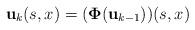
LaTeX: \begin{align*}{\bf u}_k(s,x) = ( {\bf \Phi}( {\bf u}_{ k - 1 } ))(s,x)\end{align*}